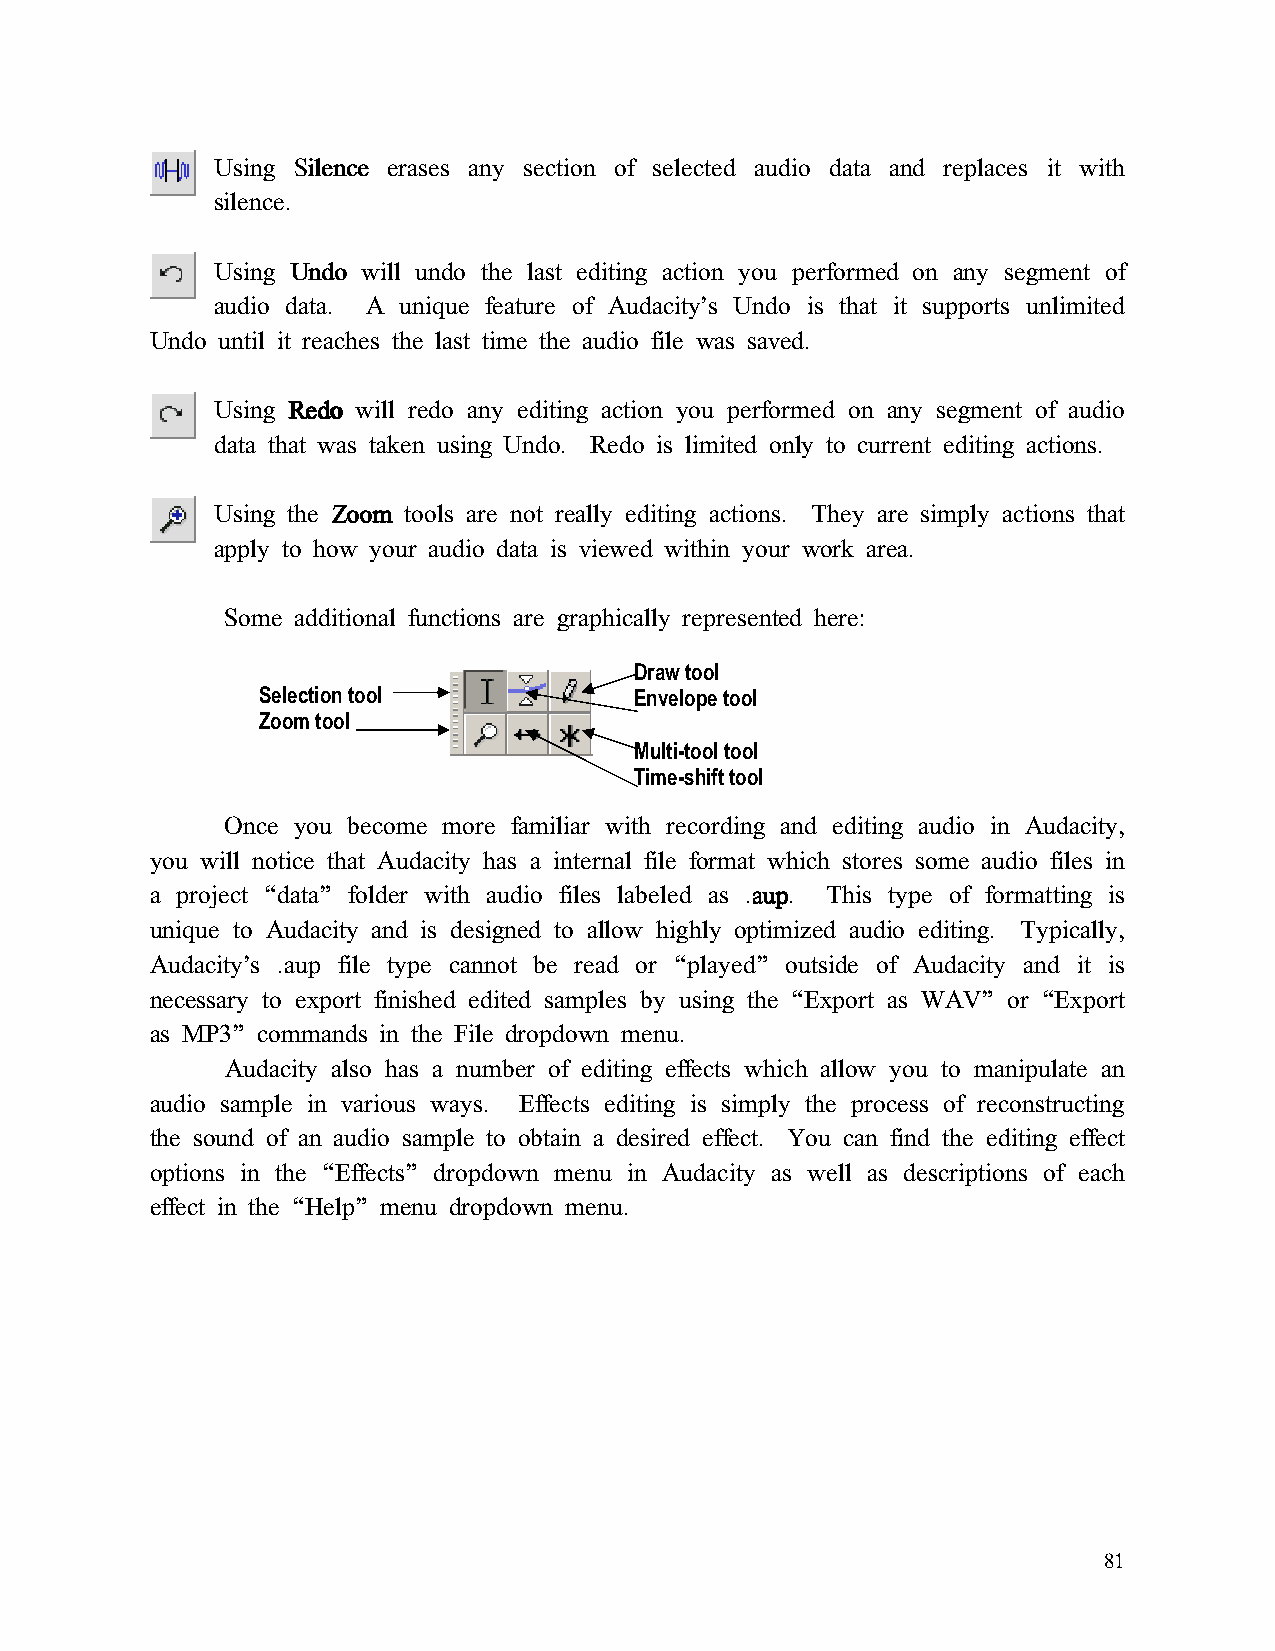
Using SSSSiiiilllleeeennnncccceeee erases any section of selected audio data and replaces it with
 silence.
 Using UUUUnnnnddddoooo will undo the last editing action you performed on any segment of
 audio data. A unique feature of Audacity’s Undo is that it supports unlimited
 Undo until it reaches the last time the audio file was saved.
 Using RRRReeeeddddoooo will redo any editing action you performed on any segment of audio
 data that was taken using Undo. Redo is limited only to current editing actions.
 Using the ZZZZoooooooommmm tools are not really editing actions. They are simply actions that
 apply to how your audio data is viewed within your work area.
 Some additional functions are graphically represented here:
 Draw tool
 Selection tool           Envelope tool
 Zoom tool
 Multi-tool tool
 Time-shift tool
 Once you become more familiar with recording and editing audio in Audacity,
 you will notice that Audacity has a internal file format which stores some audio files in
 a project “data” folder with audio files labeled as .aaaauuuupppp. This type of formatting is
 unique to Audacity and is designed to allow highly optimized audio editing. Typically,
 Audacity’s .aup file type cannot be read or “played” outside of Audacity and it is
 necessary to export finished edited samples by using the “Export as WAV” or “Export
 as MP3” commands in the File dropdown menu.
 Audacity also has a number of editing effects which allow you to manipulate an
 audio sample in various ways. Effects editing is simply the process of reconstructing
 the sound of an audio sample to obtain a desired effect. You can find the editing effect
 options in the “Effects” dropdown menu in Audacity as well as descriptions of each
 effect in the “Help” menu dropdown menu.
 81